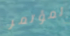
لمؤتمر